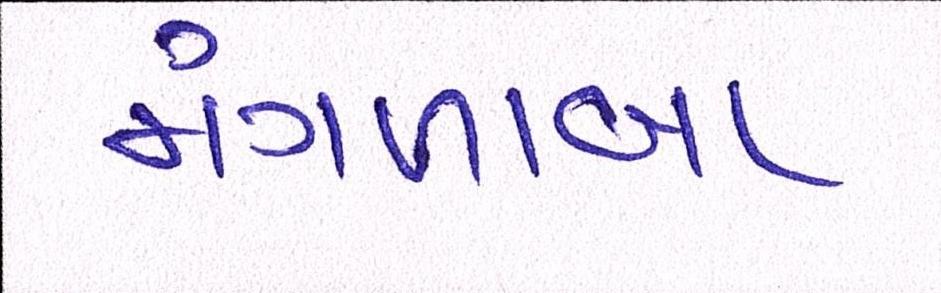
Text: મંગળાબા